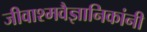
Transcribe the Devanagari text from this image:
जीवाश्मवैज्ञानिकांनी